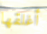
أغلقها